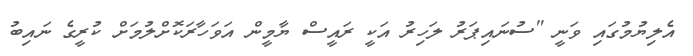
އެލިޔުމުގައި ވަނީ "ސުނައިޕަރު ލަހިރު އަކީ ރައީސް ޔާމީން އަވަހާރަކޮށްލުމަށް ކުރީގެ ނައިބު